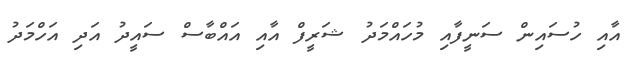
އާއި ހުސައިން ސަނީފާއި މުހައްމަދު ޝަރީފް އާއި އައްބާސް ސައީދު އަދި އަހްމަދު